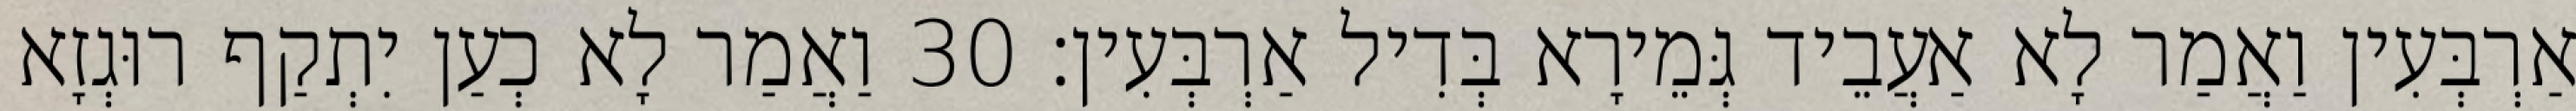
אַרְבְּעִין וַאֲמַר לָא אַעֲבֵיד גְּמֵירָא בְּדִיל אַרְבְּעִין׃ 30 וַאֲמַר לָא כְעַן יִתְקַף רוּגְזָא